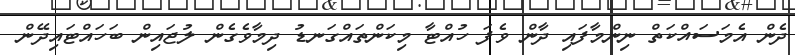
ދެން އެމަސައްކަތް ނިންމާފައި ދާން ވެފަ ހުއްޓާ މިކަންތައްގަނޑު ދިމާވެގެން ލުޖައިން ބަހައްޓައިދޭން